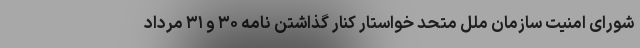
شورای امنیت سازمان ملل متحد خواستار کنار گذاشتن نامه ۳۰ و ۳۱ مرداد